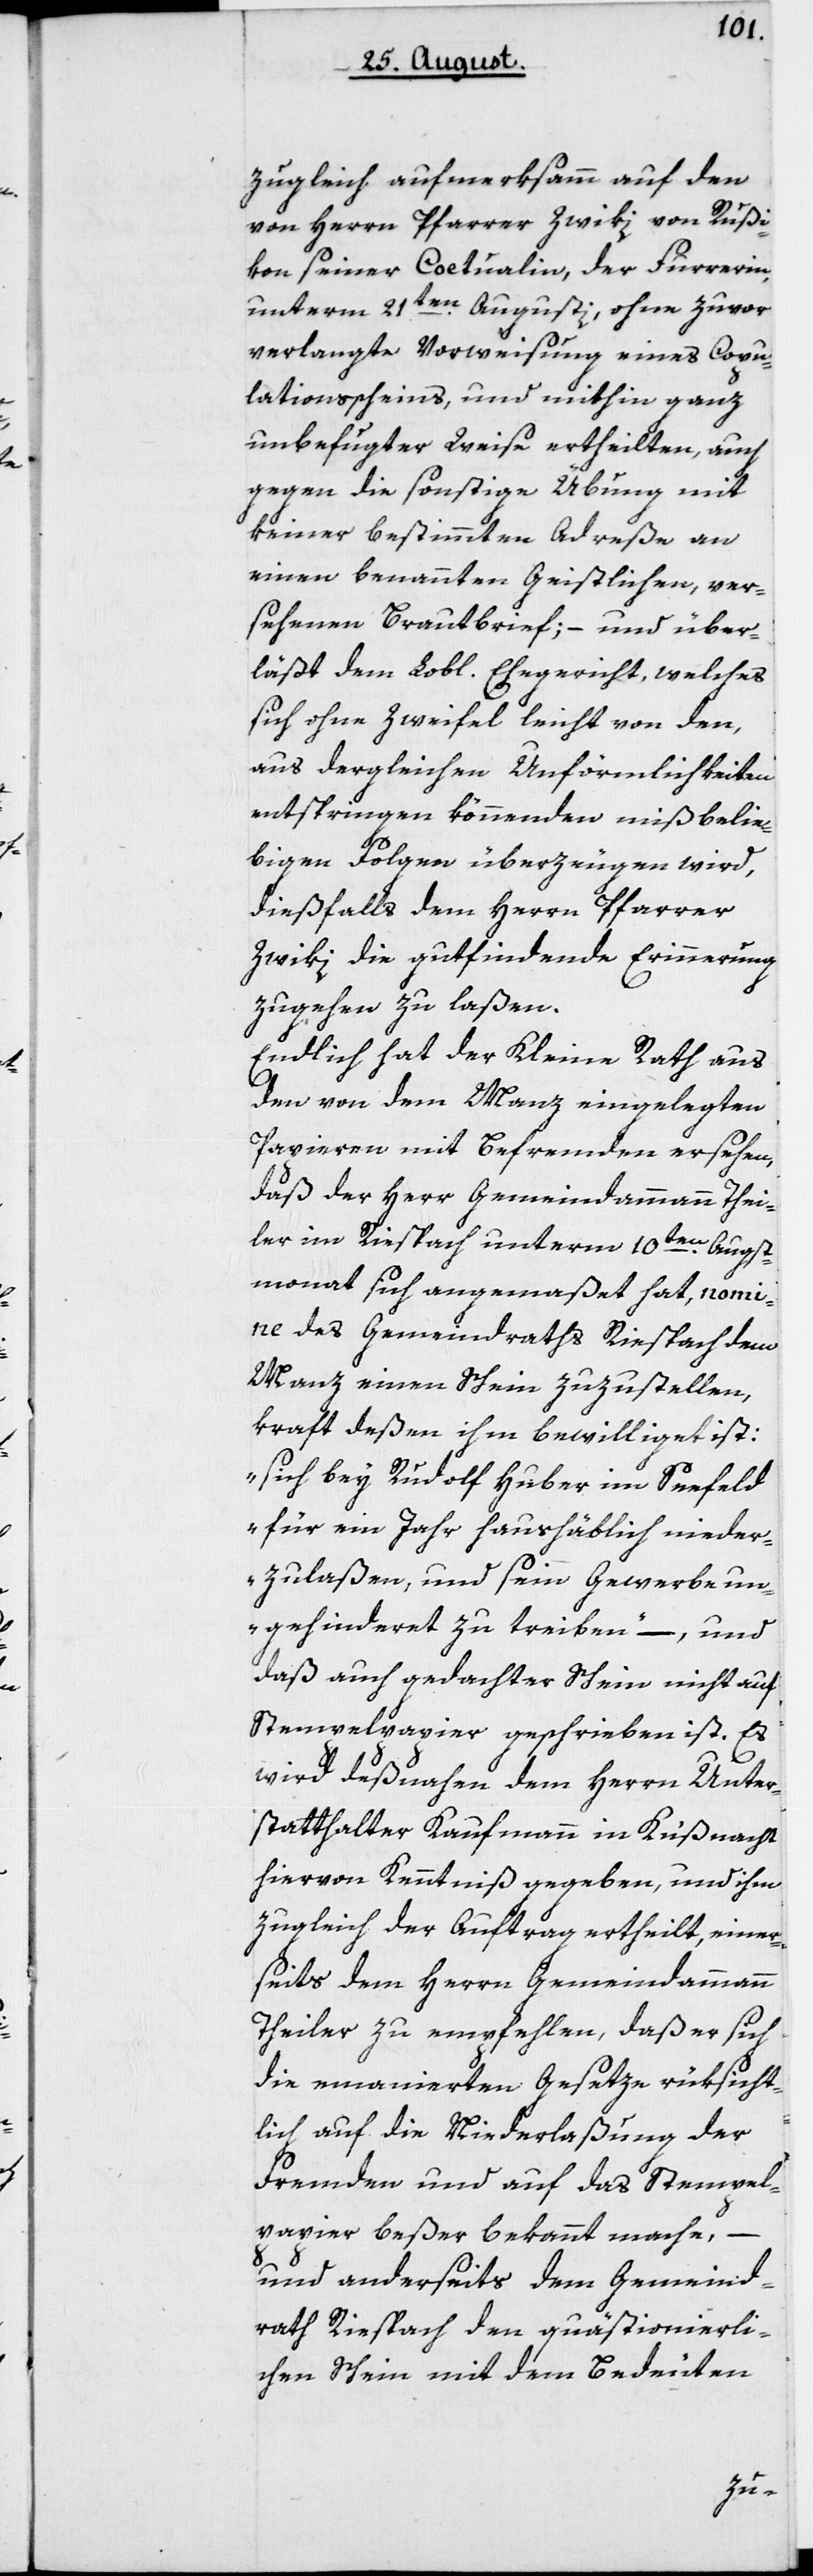
zugleich aufmerksam, auf den
von Herrn Pfarrer Zwiki von Rußi¬
kon seiner Coetualin, der Furrerin,
unter 21ten Augusti, ohne zuvor
verlangte Vorweisung eines Copu¬
lationsscheins und mithin ganz
unbefugter Weise ertheilten, auch
gegen die sonstige Übung mit
keiner bestimmten Adreße an
einen benannten Geistlichen, ver¬
sehenen Brautbrief; – und über¬
läßt dem Lobl. Ehegericht, welches
sich ohne Zweifel leicht von den,
aus dergleichen Unförmlichkeiten
entspringen könnenden mißbelie¬
bigen Folgen überzeugen wird,
dießfalls dem Herrn Pfarrer
Zwiki die gutfindende Erinnerung
zugehen zu laßen.
Endlich hat der Kleine Rath aus
den von dem Manz eingelegten
Papieren mit Befremden ersehen,
daß der Herr Gemeindammann Thei¬
ler im Riesbach unterm 10ten Augst¬
monat sich angemaßet hat, nom¬
ine des Gemeindraths Riesbach dem
Manz einen Schein zuzustellen,
kraft deßen ihm bewilliget ist:
„sich bey Rudolf Huber im Seefeld
für ein Jahr haushäblich nieder¬
zulaßen, und sein Gewerbe un¬
gehinderet zu treiben“, – und
daß auch gedachter Schein nicht auf
Stempelpapier geschrieben ist. Es
wird deßnahen dem Herrn Unter¬
statthalter Kaufmann in Küßnacht
hiervon Kenntniß gegeben, und ihm
zugleich der Auftrag ertheilt, einer¬
seits dem Herrn Gemeindammann
Theiler zu empfehlen, daß er sich
die emanierten Gesetze rüksicht¬
lich auf die Niederlaßung der
Fremden und auf das Stempel¬
papier beßer bekannt mache,
und anderseits dem Gemeind¬
rath Riesbach den quästionierli¬
chen Schein mit dem Bedeuten